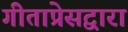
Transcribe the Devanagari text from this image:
गीताप्रेसद्वारा